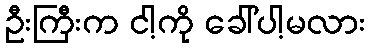
ဦးကြီးက ငါ့ကို ခေါ်ပါ့မလား